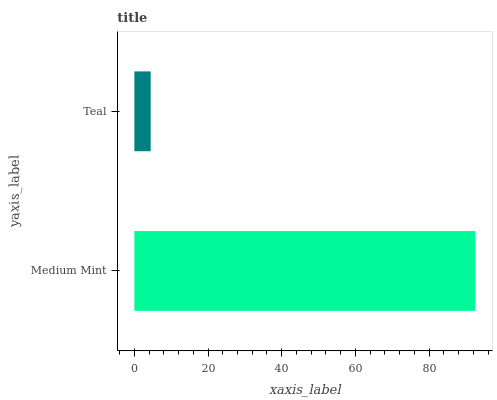
| yaxis_label | bars |
 | --- | --- |
 | Medium Mint | 92.6 |
 | Teal | 4.43 |